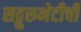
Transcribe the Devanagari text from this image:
सद्गुरुभेटीची